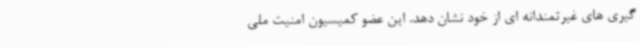
گیری های غیرتمندانه ای از خود نشان دهد. این عضو کمیسیون امنیت ملی